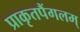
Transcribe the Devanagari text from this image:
प्राकृतपैंगलम्